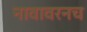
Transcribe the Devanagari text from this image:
नावावरनच